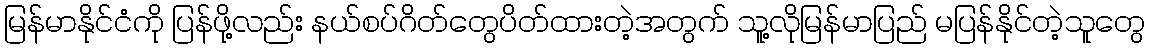
မြန်မာနိုင်ငံကို ပြန်ဖို့လည်း နယ်စပ်ဂိတ်တွေပိတ်ထားတဲ့အတွက် သူ့လိုမြန်မာပြည် မပြန်နိုင်တဲ့သူတွေ